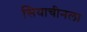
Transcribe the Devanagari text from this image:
सियाचीनला